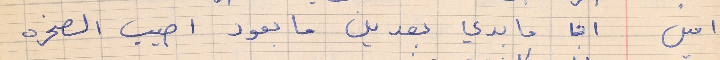
امين       انا ما بدي بعدين ما بعود اصيب الصخره